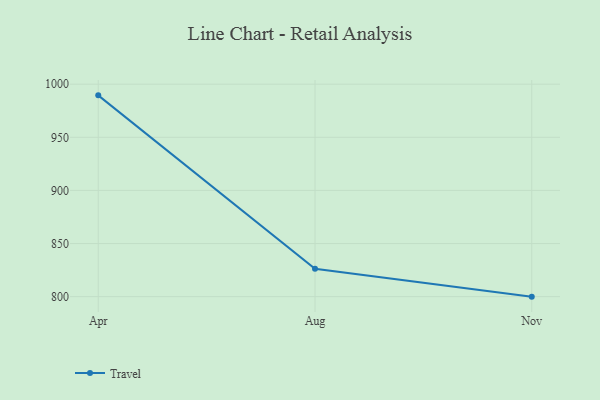
{"axis": {"x": "Month", "y": "Budget (USD K)"}, "legend": ["Travel"], "data": [{"x": "Apr", "y": 989.5, "type": "Travel"}, {"x": "Aug", "y": 826.3, "type": "Travel"}, {"x": "Nov", "y": 800, "type": "Travel"}]}